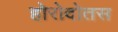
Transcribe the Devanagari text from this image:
होरोदोतस